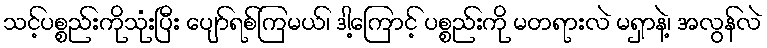
သင့်ပစ္စည်းကိုသုံးပြီး ပျော်ရစ်ကြမယ်၊ ဒါ့ကြောင့် ပစ္စည်းကို မတရားလဲ မရှာနဲ့၊ အလွန်လဲ